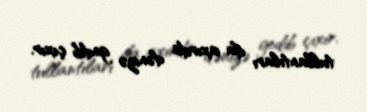
tullantıları da axırda dənizə gedib çıxır.